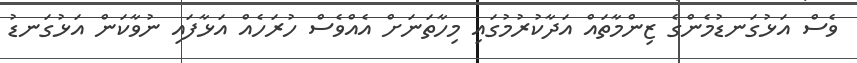
ވެސް އަޅުގަނޑުމެންގެ ޒިންމާތައް އަދާކުރުމުގައި މިހާތަނަށް އެއްވެސް ހުރަހެއް އަޅާފައި ނުވާކަން އަޅުގަނޑު